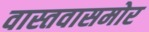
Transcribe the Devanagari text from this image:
वास्तवासमोर